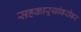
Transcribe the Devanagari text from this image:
सहकाऱ्यांबरोबर